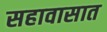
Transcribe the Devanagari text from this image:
सहावासात